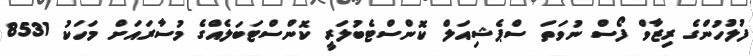
ފުލުހުންގެ ރިޒާވް ފޯސް ނުވަތަ ސްޕެޝިއަލް ކޮންސްޓެބުލަރީ ކޮންސްޓަބަލެއްގެ މުސާރައަށް މަހަކު 8531